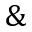
\&